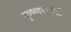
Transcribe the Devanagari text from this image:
कृष्णसनेही